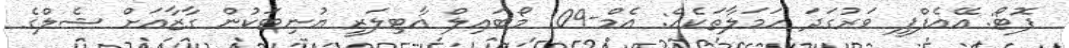
ފޮޓޯ: އޭއެފްޕީ ވަރުގަދަ ހަމަލާތަކެއް: އެމް-109 މޯބައިލް އާޓިލަރީ ޔުނިޓަކުން ގާޒާއަށް ޝެލްގެ